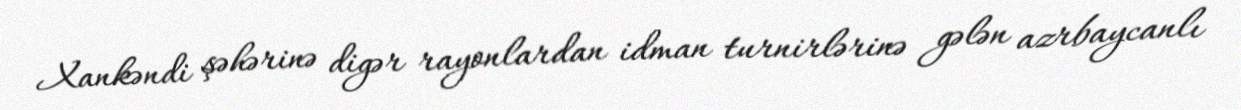
Xankəndi şəhərinə digər rayonlardan idman turnirlərinə gələn azrbaycanlı